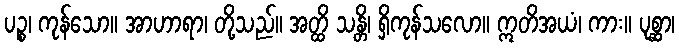
ပဉ္စ၊ ကုန်သော။ အာဟာရာ၊ တို့သည်။ အတ္ထိ သန္တိ၊ ရှိကုန်သလော။ ဣတိအယံ၊ ကား။ ပုစ္ဆာ၊